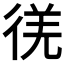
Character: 𫹕